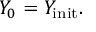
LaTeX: Y _ { 0 } = Y _ { \mathrm { i n i t } } .